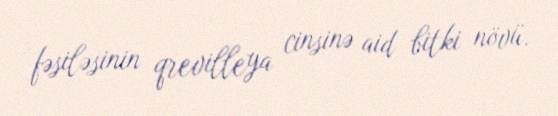
fəsiləsinin qrevilleya cinsinə aid bitki növü.